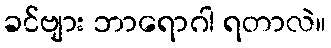
ခင်ဗျား ဘာရောဂါ ရတာလဲ။